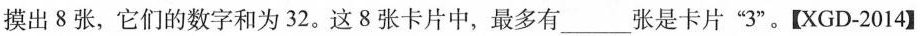
摸出8张，它们的数字和为32。这8张卡片中，最多有___张是卡片”3”。[XGD-2014】